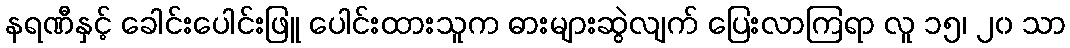
နရဏီနှင့် ခေါင်းပေါင်းဖြူ ပေါင်းထားသူက ဓားများဆွဲလျက် ပြေးလာကြရာ လူ ၁၅၊ ၂၀ သာ